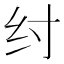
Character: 纣